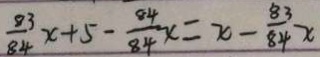
\frac { 8 3 } { 8 4 } x + 5 - \frac { 8 4 } { 8 4 } x = x - \frac { 8 3 } { 8 4 } x